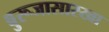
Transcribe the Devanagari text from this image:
बुरूजासारखा